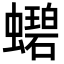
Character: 𬠲